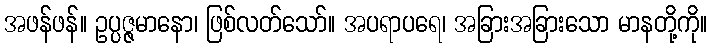
အဖန်ဖန်။ ဥပ္ပဇ္ဇမာနော၊ ဖြစ်လတ်သော်။ အပရာပရေ၊ အခြားအခြားသော မာနတို့ကို။